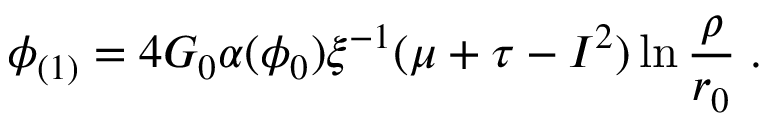
\phi _ { ( 1 ) } = 4 G _ { 0 } \alpha ( \phi _ { 0 } ) \xi ^ { - 1 } ( \mu + \tau - I ^ { 2 } ) \ln \frac { \rho } { r _ { 0 } } \; .